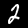
Label: 2